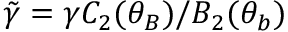
\tilde { \gamma } = \gamma C _ { 2 } ( \theta _ { B } ) / B _ { 2 } ( \theta _ { b } )